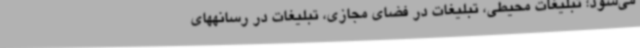
می‌شود؛ تبلیغات محیطی، تبلیغات در فضای مجازی، تبلیغات در رسانههای